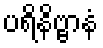
ပရိနိဗ္ဗာနံ